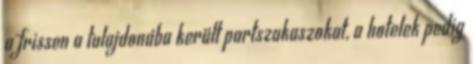
a frissen a tulajdonába került partszakaszokat, a hotelek pedig